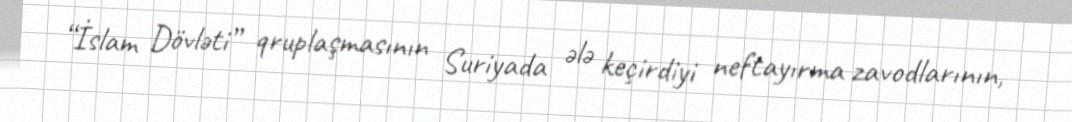
“İslam Dövləti” qruplaşmasının Suriyada ələ keçirdiyi neftayırma zavodlarının,